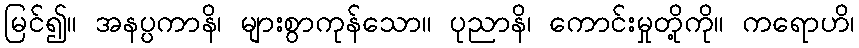
မြင်၍။ အနပ္ပကာနိ၊ များစွာကုန်သော။ ပုညာနိ၊ ကောင်းမှုတို့ကို။ ကရောဟိ၊